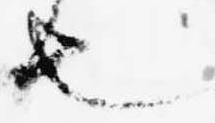
也